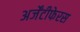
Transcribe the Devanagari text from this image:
अर्जेंटीफेरस